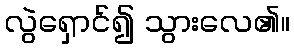
လွဲရှောင်၍ သွားလေ၏။